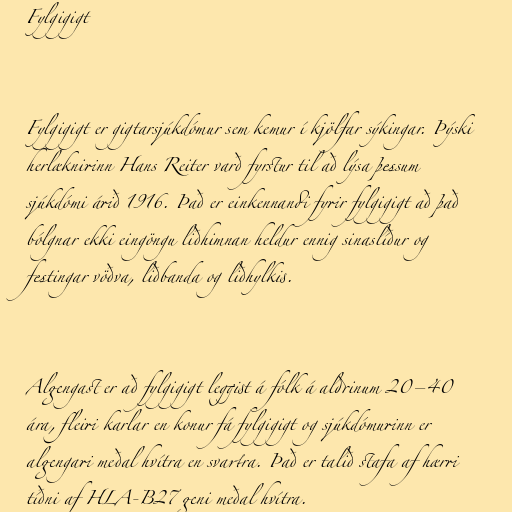
Fylgigigt

Fylgigigt er gigtarsjúkdómur sem kemur í kjölfar sýkingar. Þýski
herlæknirinn Hans Reiter varð fyrstur til að lýsa þessum
sjúkdómi árið 1916. Það er einkennandi fyrir fylgigigt að það
bólgnar ekki eingöngu liðhimnan heldur ennig sinaslíður og
festingar vöðva, liðbanda og liðhylkis.

Algengast er að fylgigigt leggist á fólk á aldrinum 20–40
ára, fleiri karlar en konur fá fylgigigt og sjúkdómurinn er
algengari meðal hvítra en svartra. Það er talið stafa af hærri
tíðni af HLA-B27 geni meðal hvítra.